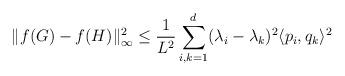
LaTeX: \begin{align*}\| f(G)- f(H) \|_{\infty}^2 \leq \frac{1}{L^2} \sum_{i,k=1}^d (\lambda_i-\lambda_k)^2 \langle p_i, q_k\rangle^2\end{align*}